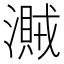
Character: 𣿐